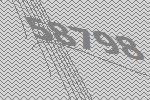
58798